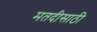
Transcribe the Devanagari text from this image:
मतदीसाठी